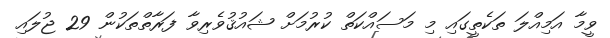
ވީމާ އަމިއްލަ ތަކެތީގައި މި މަސައްކަތް ކުރުމަށް ޝައުޤުވެރިވާ ފަރާތްތަކުން 29 ޖުލައި